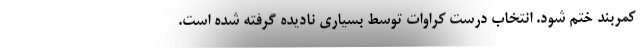
کمربند ختم شود. انتخاب درست کراوات توسط بسیاری نادیده گرفته شده است.